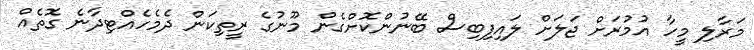
މަރާލި މީހާ އުމުރަށް ޖަލަށް ލައިފިބިސް ބޭނުންކޮށްގެން މޫނުގެ ރީތިކަން ދެމެހެއްޓިދާނެ ގޮތެއް